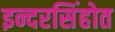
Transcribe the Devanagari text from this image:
इन्दरसिंहोत